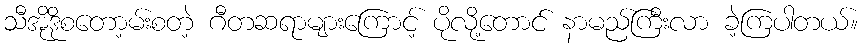
သီအိုဒိုစတော့မ်းစတဲ့ ဂီတဆရာများကြောင့် ပိုလို့တောင် နာမည်ကြီးလာ ခဲ့ကြပါတယ်။